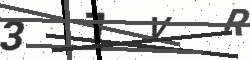
Text: 37VR